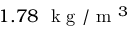
1 . 7 8 ~ \mathrm { ~ k ~ g ~ } / \mathrm { ~ m ~ } ^ { 3 }